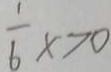
\frac { 1 } { 6 } x > 0